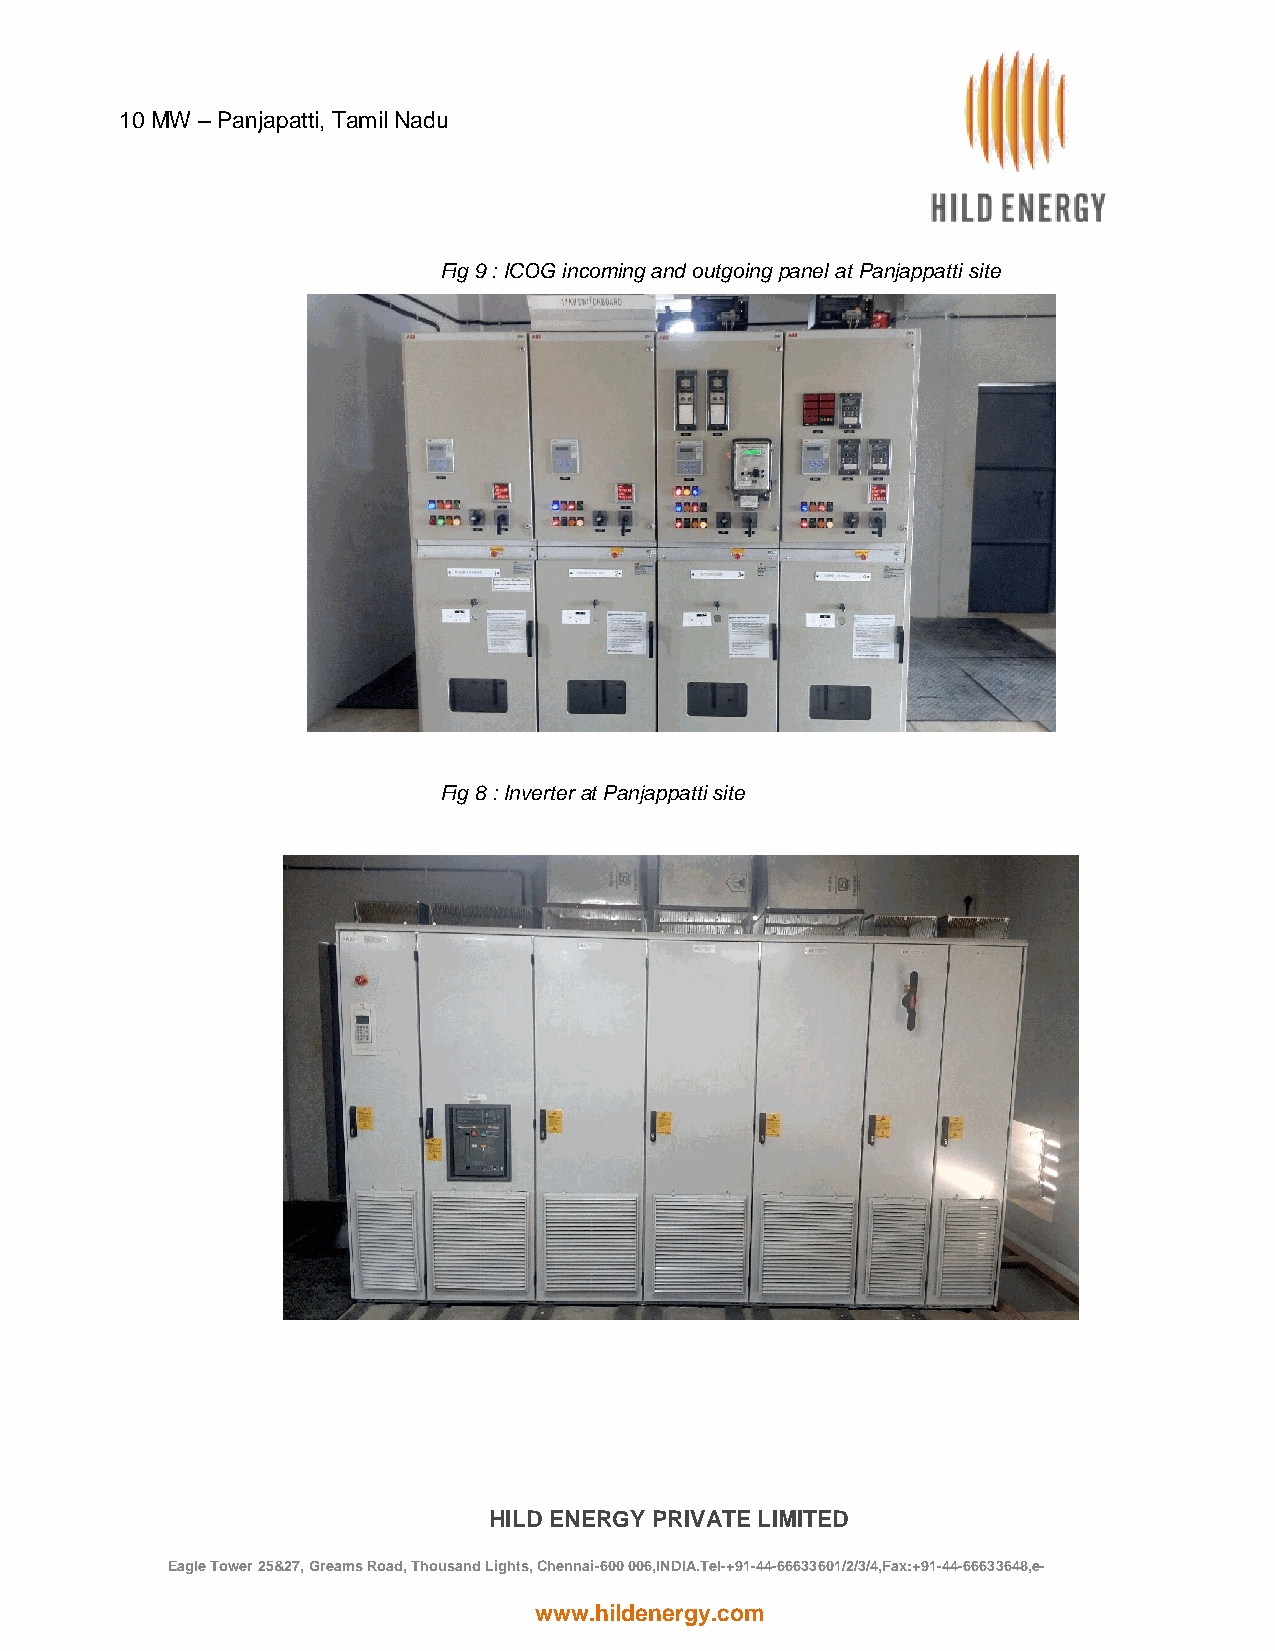
10 MW – Panjapatti, Tamil Nadu
 10 MW – Panjapatti, Tamil Nadu
 Fig 9 : ICOG incoming and outgoing panel at Panjappatti site
 Fig 8 : Inverter at Panjappatti site
 HILD ENERGY PRIVATE LIMITED
 Eagle Tower 25&27, Greams Road, Thousand Lights, Chennai-600 006,INDIA.Tel-+91-44-66633601/2/3/4,Fax:+91-44-66633648,e-
 mail:hild@hildenergy.com
 www.hildenergy.com